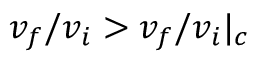
v _ { f } / v _ { i } > v _ { f } / v _ { i } | _ { c }